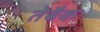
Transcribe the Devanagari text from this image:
तेबैक